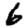
Digit: 6